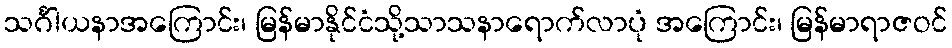
သင်္ဂါယနာအကြောင်း၊ မြန်မာနိုင်ငံသို့သာသနာရောက်လာပုံ အကြောင်း၊ မြန်မာရာဇဝင်